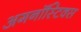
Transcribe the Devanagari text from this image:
अगनॉस्टिक्स